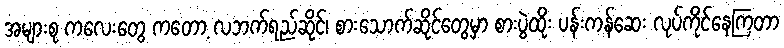
အများစု ကလေးတွေ ကတော့ လဘက်ရည်ဆိုင်၊ စားသောက်ဆိုင်တွေမှာ စားပွဲထိုး ပန်းကန်ဆေး လုပ်ကိုင်နေကြတာ